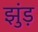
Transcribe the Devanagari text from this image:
झुंड़